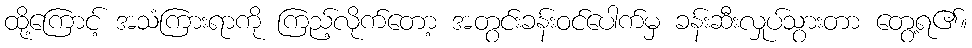
ထို့ကြောင့် အသံကြားရာကို ကြည့်လိုက်တော့ အတွင်းခန်းဝင်ပေါက်မှ ခန်းဆီးလှုပ်သွားတာ တွေ့ရ၏။